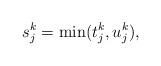
LaTeX: \begin{align*}s_j^{k}=\min(t^{k}_j,u^{k}_j),\end{align*}